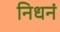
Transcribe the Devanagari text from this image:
निधनं